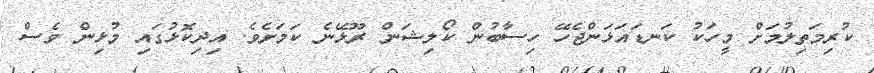
ކުރިމަތިލުމަށް މީހަކު ކަނޑައަޅަންޖެހޭ ހިސާބުން ކޯލިޝަން ރޫޅޭނެ ކަމަށެވެ. އިދިކޮޅުގައި މުޅިން ވެސް